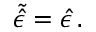
\tilde { \hat { \epsilon } } = \hat { \epsilon } \, .